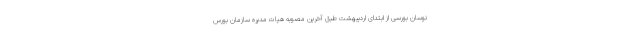
نوسان بورسی از ابتدای اردیبهشت طبق آخرین مصوبه هیات مدیره سازمان بورس